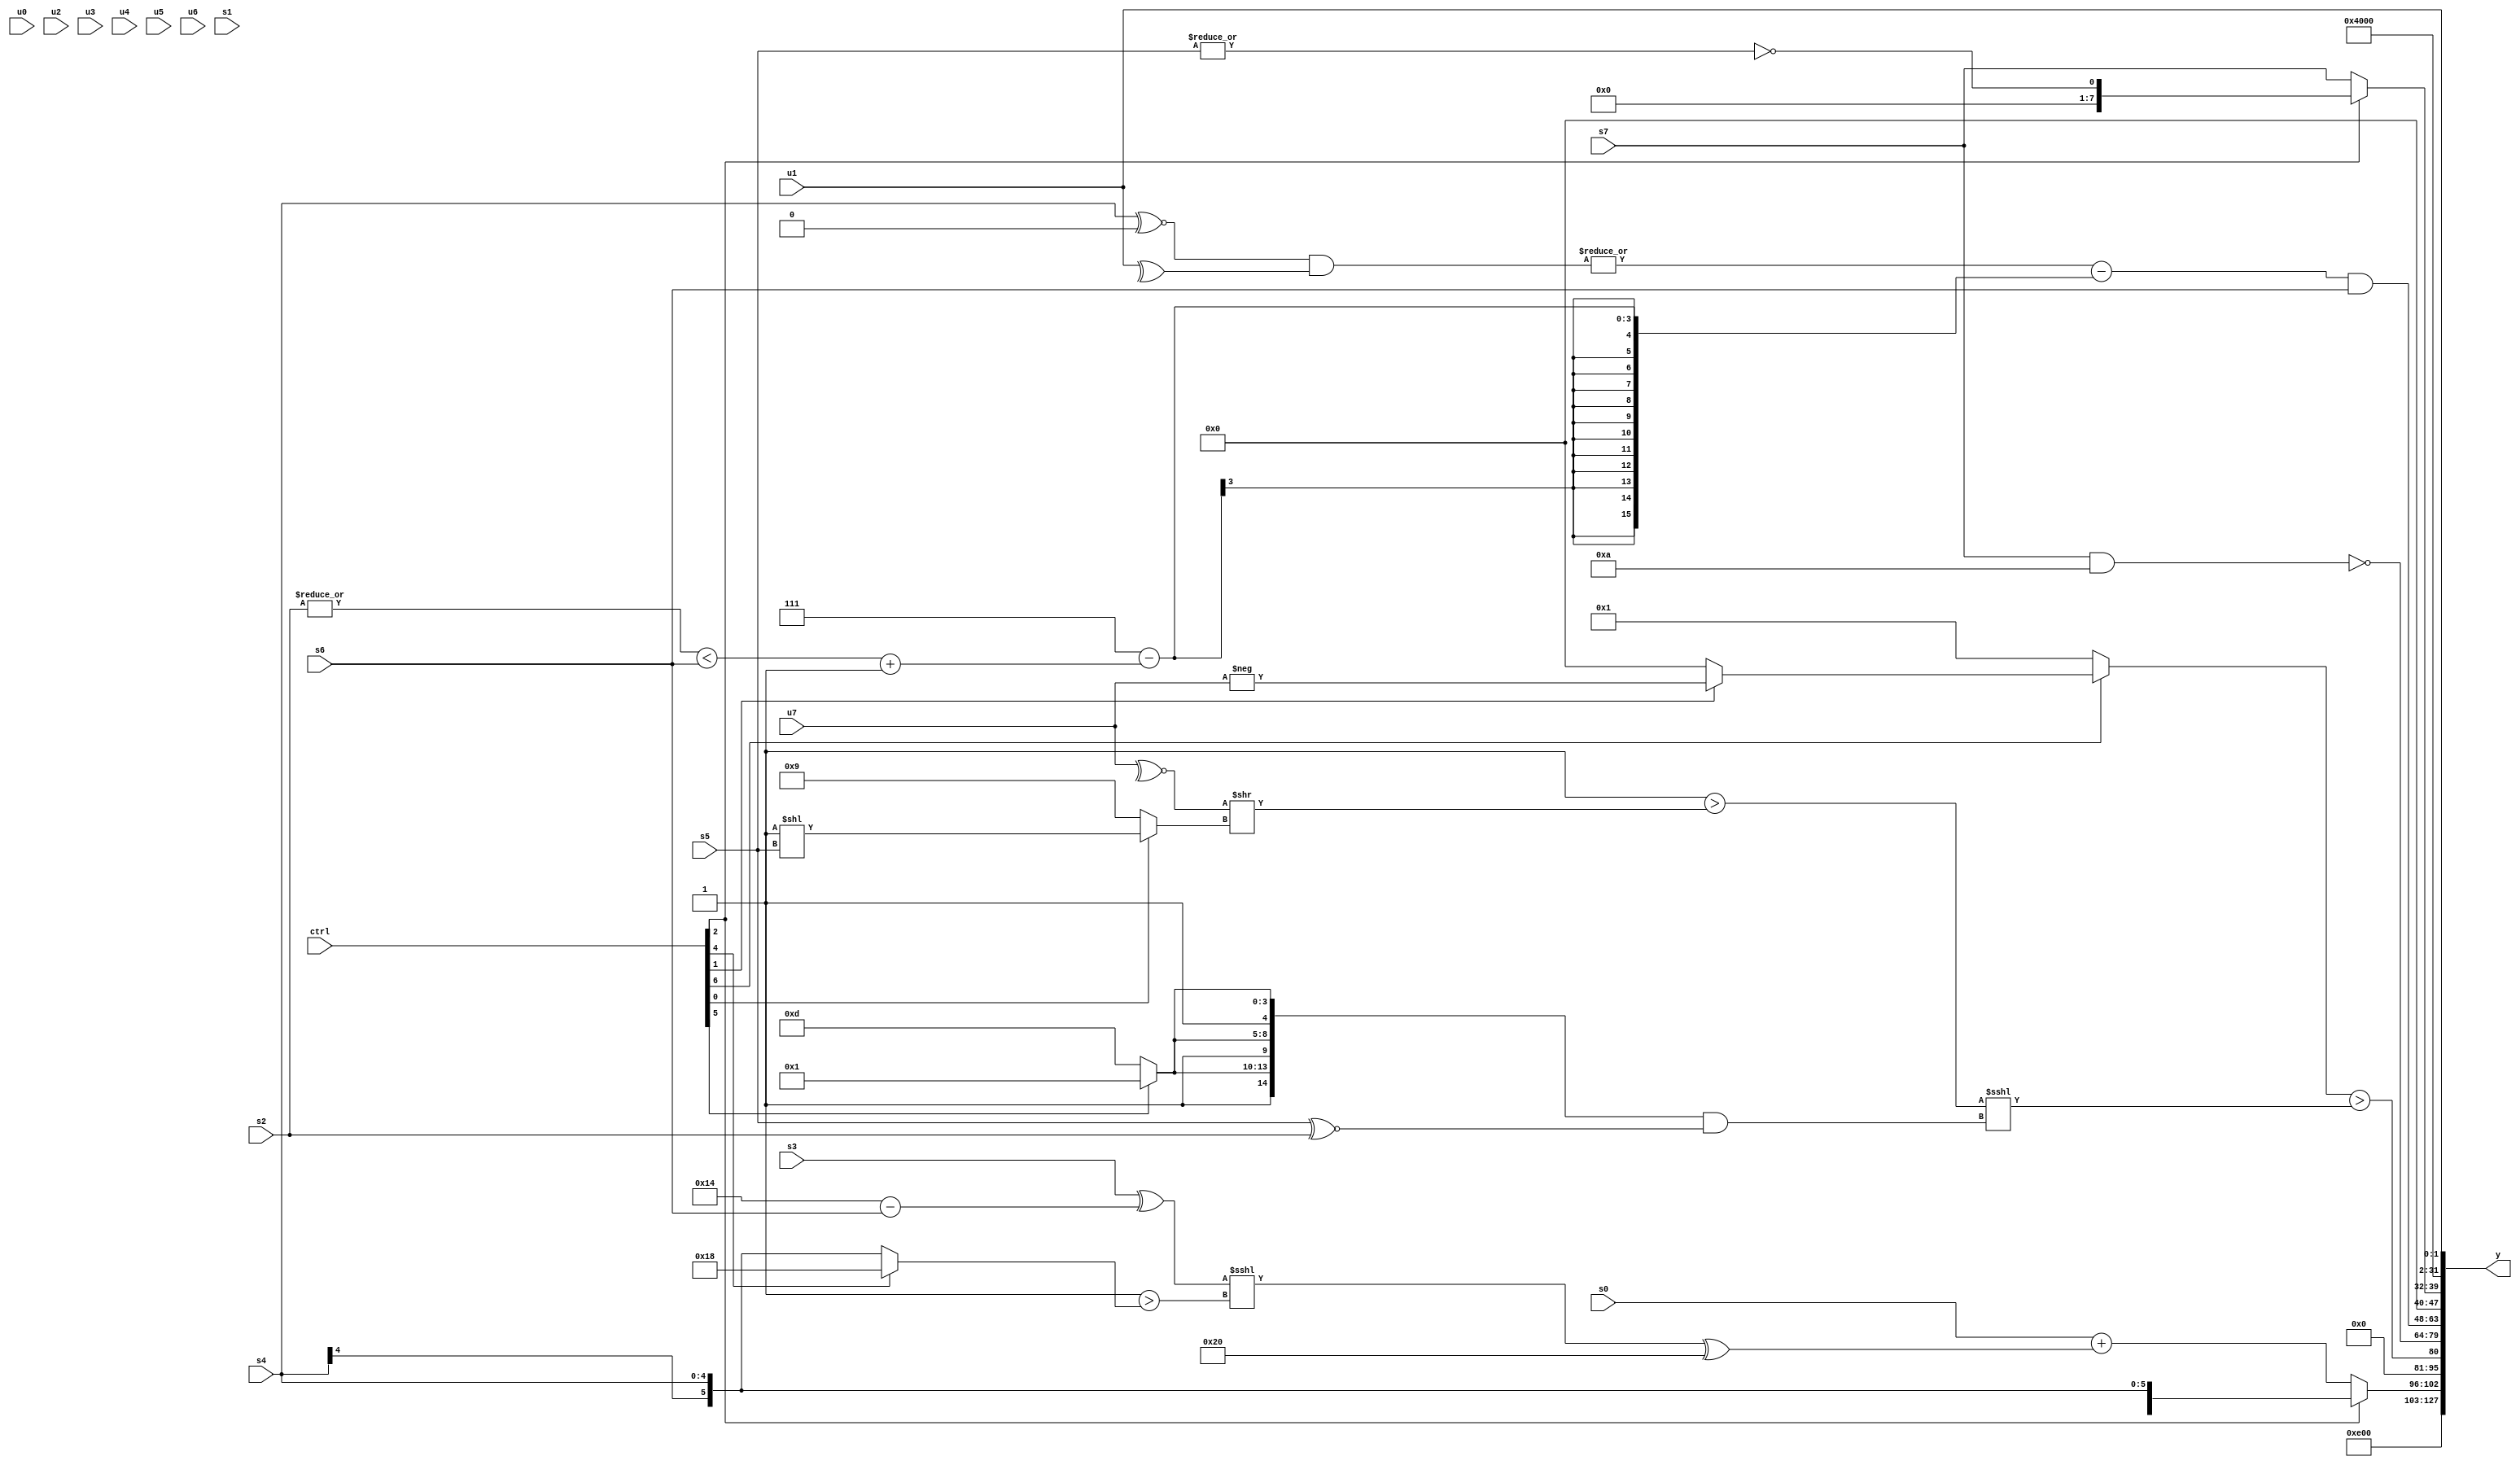
module wideexpr_00371(ctrl, u0, u1, u2, u3, u4, u5, u6, u7, s0, s1, s2, s3, s4, s5, s6, s7, y);
  input [7:0] ctrl;
  input [0:0] u0;
  input [1:0] u1;
  input [2:0] u2;
  input [3:0] u3;
  input [4:0] u4;
  input [5:0] u5;
  input [6:0] u6;
  input [7:0] u7;
  input signed [0:0] s0;
  input signed [1:0] s1;
  input signed [2:0] s2;
  input signed [3:0] s3;
  input signed [4:0] s4;
  input signed [5:0] s5;
  input signed [6:0] s6;
  input signed [7:0] s7;
  output [127:0] y;
  wire [15:0] y0;
  wire [15:0] y1;
  wire [15:0] y2;
  wire [15:0] y3;
  wire [15:0] y4;
  wire [15:0] y5;
  wire [15:0] y6;
  wire [15:0] y7;
  assign y = {y0,y1,y2,y3,y4,y5,y6,y7};
  assign y0 = 4'sb0111;
  assign y1 = {(ctrl[2]?s4:(s0)+((((s3)^((5'sb10100)-(s6)))<<<(($signed(1'sb1))>((ctrl[4]?6'sb011000:s4))))^(-(6'sb100000))))};
  assign y2 = ((ctrl[6]?(ctrl[1]?{1{-((u7)>>>((4'sb1100)&(3'sb011)))}}:2'b00):({5'b11110,3'sb010,{2{(+(2'sb01))>>>(s3)}}})!=((ctrl[6]?6'sb000011:$unsigned(1'b0)))))>((((~|(1'sb0))>((~^(u7))>>((ctrl[0]?(4'sb1111)<<(s5):(2'sb00)^~(6'sb110110)))))<<<(($signed({3{(ctrl[5]?5'sb10001:4'sb1101)}}))&(+((+(s5))^~(+(s2))))))>>(6'sb000000));
  assign y3 = ~((s7)&($signed($signed({1{4'sb1010}}))));
  assign y4 = +(((|(($unsigned((s4)^~(1'sb0)))&(+(^(u1)))))-((3'sb111)-(((|(s2))<(s6))+(2'b01))))&({1{$unsigned($signed(s6))}}));
  assign y5 = (ctrl[2]?~|(s5):$signed(s7));
  assign y6 = $signed(2'b01);
  assign y7 = u1;
endmodule